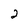
Character: 2